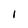
Character: 1